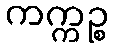
ကက္ကဉ္စ